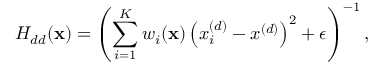
H _ { d d } ( \mathbf { x } ) = \left( \sum _ { i = 1 } ^ { K } w _ { i } ( \mathbf { x } ) \left( x _ { i } ^ { ( d ) } - x ^ { ( d ) } \right) ^ { 2 } + \epsilon \right) ^ { - 1 } ,